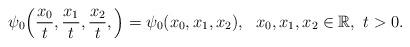
LaTeX: \begin{align*}\psi_0\Bigl(\frac{x_0}{t}, \frac{x_1}{t},\frac{x_2}{t},\Bigr)=\psi_{0}(x_0,x_1,x_2),\ \ x_0,x_1,x_2\in\mathbb R,\ t>0.\end{align*}